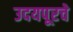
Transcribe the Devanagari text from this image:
उदयपूरचे